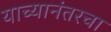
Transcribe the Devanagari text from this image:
याच्यानंतरचा